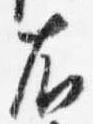
右